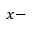
x -